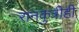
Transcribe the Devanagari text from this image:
रानकुत्रीही